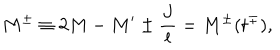
LaTeX: M ^ { \pm } \equiv 2 M - M ^ { \prime } \pm \frac { J } { l } = M ^ { \pm } ( t ^ { \mp } ) ,